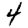
Digit: 4